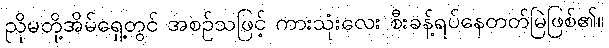
ညိုမတို့အိမ်ရှေ့တွင် အစဉ်သဖြင့် ကားသုံးလေး စီးခန့်ရပ်နေတတ်မြဲဖြစ်၏။